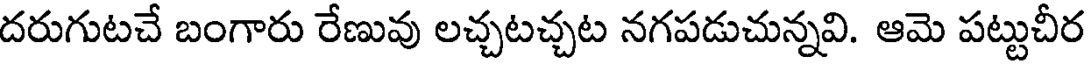
దరుగుటచే బంగారు రేణువు లచ్చటచ్చట నగపడుచున్నవి. ఆమె పట్టుచీర